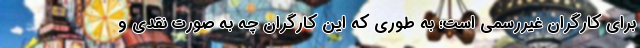
برای کارگران غیررسمی است؛ به طوری که این کارگران چه به صورت نقدی و